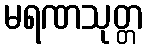
မရဏသုတ္တ